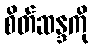
စိတ်ဆန္ဒကို